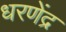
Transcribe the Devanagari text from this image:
धरणेंद्र